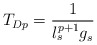
\begin{align*}T_{Dp}= \frac{1}{l_s^{p+1} g_s}\end{align*}